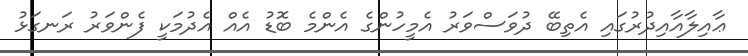
ޢާއިލާއާއިދުރުގައި އެތިބޭ ދުވަސްވަރު އެމީހުންގެ އެންމެ ބޮޑު އެއް އެދުމަކީ ފެންވަރު ރަނގަޅު